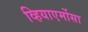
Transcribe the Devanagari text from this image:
व्हियाएर्मोसा